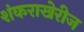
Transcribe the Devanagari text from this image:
शंकराखेरीज